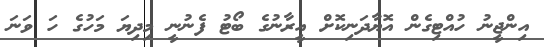
އިންޖީނު ހުއްޓިގެން އޮޔާދަނިކޮށް އީރާނުގެ ބޯޓު ފެނުނީ މިދިޔަ މަހުގެ ހަ ވަނަ